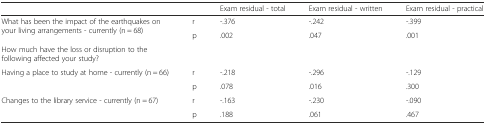
<table><thead><tr><td></td><td></td><td><b>Exam residual - total</b></td><td><b>Exam residual - written</b></td><td><b>Exam residual - practical</b></td></tr></thead><tbody><tr><td rowspan="2">What has been the impact of the earthquakes on your living arrangements - currently (n = 68)</td><td>r</td><td>-.376</td><td>-.242</td><td>-.399</td></tr><tr><td>p</td><td>.002</td><td>.047</td><td>.001</td></tr><tr><td colspan="4">How much have the loss or disruption to the following affected your study?</td><td></td></tr><tr><td>Having a place to study at home - currently (n = 66)</td><td>r</td><td>-.218</td><td>-.296</td><td>-.129</td></tr><tr><td></td><td>p</td><td>.078</td><td>.016</td><td>.300</td></tr><tr><td>Changes to the library service - currently (n = 67)</td><td>r</td><td>-.163</td><td>-.230</td><td>-.090</td></tr><tr><td></td><td>p</td><td>.188</td><td>.061</td><td>.467</td></tr></tbody></table>